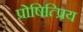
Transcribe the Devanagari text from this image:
प्रोषित्प्रिय